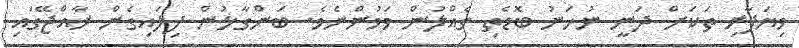
ވިޔަފާރި ތަކަށް ދަނީ ނުހަނު ބޮޑެތި ގެއްލުން ވަމުންނެވެ. ބަންގާޅުން ފިލައިގެން ރާއްޖޭގައި